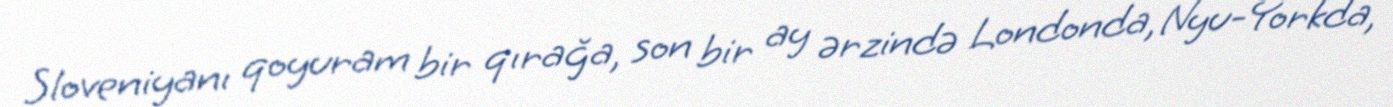
Sloveniyanı qoyuram bir qırağa, son bir ay ərzində Londonda, Nyu-Yorkda,